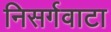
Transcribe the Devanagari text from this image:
निसर्गवाटा